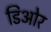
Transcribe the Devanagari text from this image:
डिओर